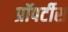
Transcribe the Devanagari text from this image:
प्रॉपर्टीस